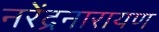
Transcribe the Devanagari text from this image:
नरेंद्रनारायण